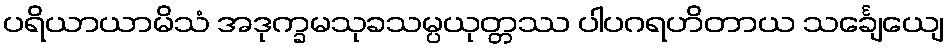
ပရိယာယာမိသံ အဒုက္ခမသုခသမ္ပယုတ္တဿ ပါပဂရဟိတာယ သင်္ချေယျေ